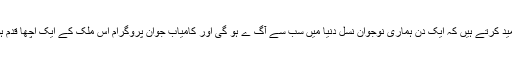
ہم اُمید کرتے ہیں کہ ایک دن ہماری نوجوان نسل دنیا میں سب سے آگ ے ہو گی اور کامیاب جوان پروگرام اس ملک کے ایک اچھا قدم ہوگا۔